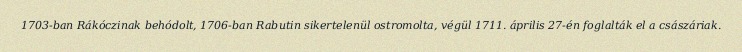
1703-ban Rákóczinak behódolt, 1706-ban Rabutin sikertelenül ostromolta, végül 1711. április 27-én foglalták el a császáriak.